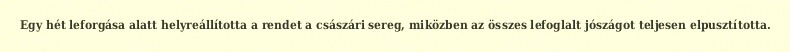
Egy hét leforgása alatt helyreállította a rendet a császári sereg, miközben az összes lefoglalt jószágot teljesen elpusztította.